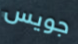
جويس